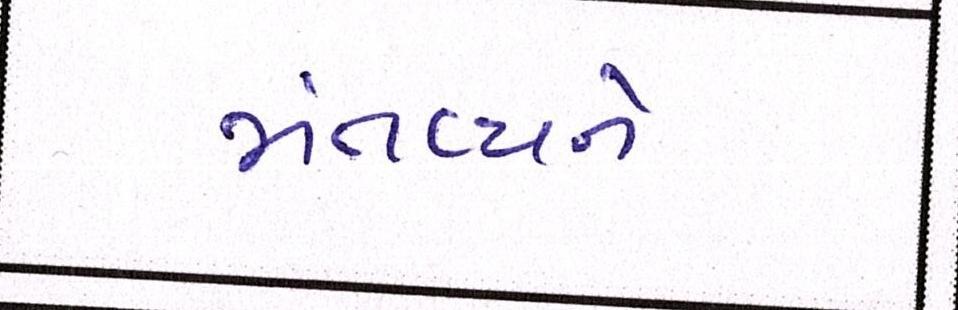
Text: મંતવ્યને